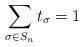
LaTeX: \begin{align*}\sum_{\sigma \in S_n} t_{\sigma} = 1\end{align*}